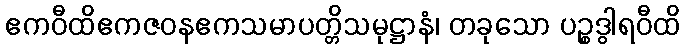
ဧကဝီထိဧကဇဝနဧကသမာပတ္တိသမုဋ္ဌာနံ၊ တခုသော ပဉ္စဒွါရဝီထိ